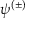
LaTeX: \psi ^ { ( \pm ) }